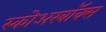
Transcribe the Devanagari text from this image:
स्कोअरबॉक्स